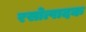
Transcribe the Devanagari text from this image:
रसोत्पादक